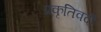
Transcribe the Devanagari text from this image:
प्रकृतिवदी